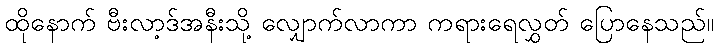
ထိုနောက် ဗီးလာ့ဒ်အနီးသို့ လျှောက်လာကာ ကရားရေလွှတ် ပြောနေသည်။